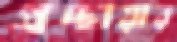
প্রচ্ছায়ার